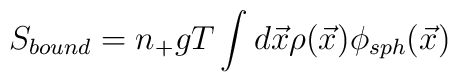
S_{bound}=n_+ gT \int d{\vec x} \rho({\vec x}) \phi_{sph}({\vec x})